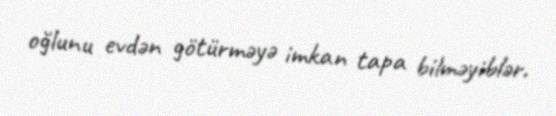
oğlunu evdən götürməyə imkan tapa bilməyiblər.